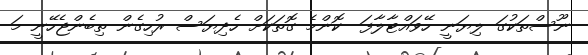
ނޫސްތަކުގަ ލިޔަނީ ހޭވައްޓާލާފަ  ކޮންމެ ގޮތަކަށް ހެދިޔަސް ރުހިގެން ތިބެންޖެހޭނީ މަ